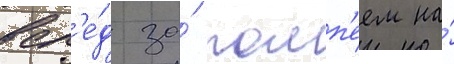
всл'е́д за́ помп'еем на́